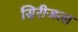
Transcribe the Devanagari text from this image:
सिरीजला